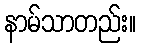
နာမ်သာတည်း။